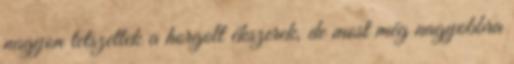
nagyon tetszettek a horgolt ékszerek, de most még nagyobbra